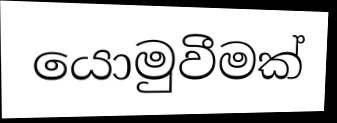
යොමුවීමක්